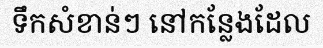
ទឹកសំខាន់ៗ នៅកន្លែងដែល